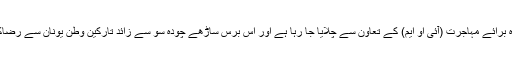
رضاکارانہ وطن واپسی کا پروگرام بین الاقوامی ادارہ برائے مہاجرت (آئی او ایم) کے تعاون سے چلایا جا رہا ہے اور اس برس ساڑھے چودہ سو سے زائد تارکین وطن یونان سے رضاکارانہ طور پر واپس اپنے اپنے وطن لوٹ چکے ہیں۔